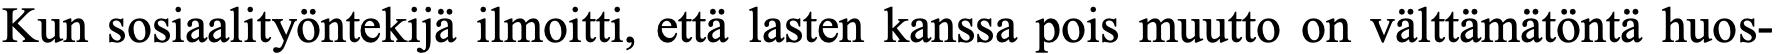
Kun sosiaalityöntekijä ilmoitti, että lasten kanssa pois muutto on välttämätöntä huos-